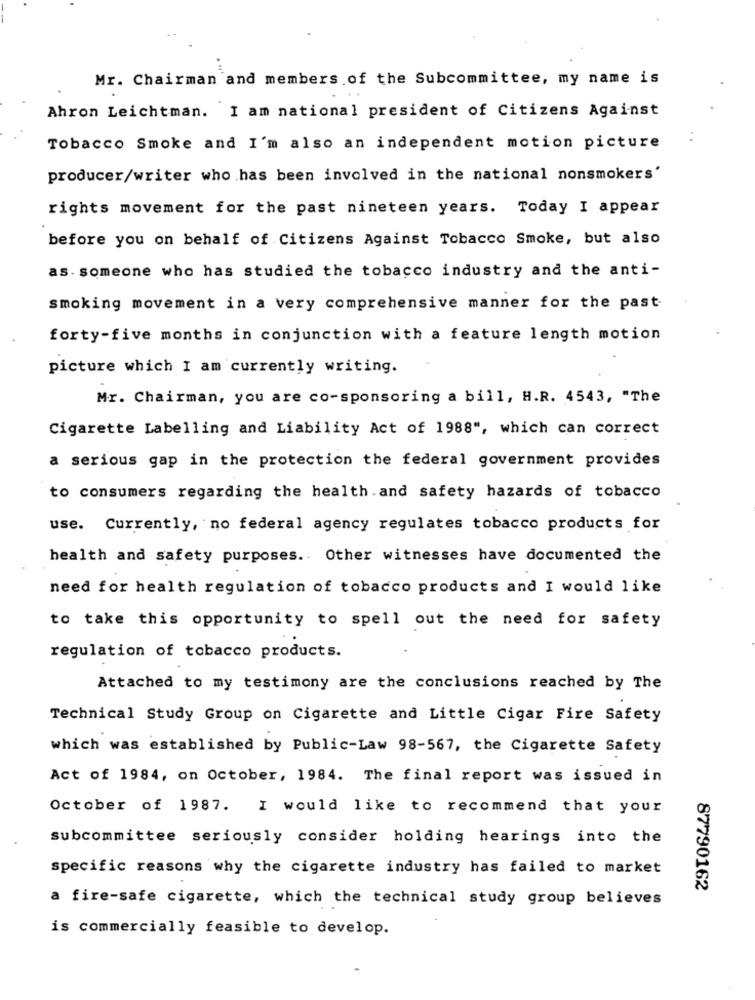
Mr. Chairman and members of the Subcommittee, my name is
Ahron Leichtman. I am national president of Citizens Against
Tobacco Smoke and I'm also an independent motion picture
producer/writer who has been involved in the national nonsmokers'
rights movement for the past nineteen years. Today I appear
before you on behalf of Citizens Against Tobacco Smoke, but also
as. someone who has studied the tobacco industry and the anti-
smoking movement in a very comprehensive manner for the past-
forty-five months in conjunction with a feature length motion
picture which I am currently writing.
Mr. Chairman, you are co-sponsoring a bill, H.R. 4543, "The
Cigarette Labelling and Liability Act of 1988", which can correct
a serious gap in the protection the federal government provides
to consumers regarding the health and safety hazards of tobacco
use. Currently, no federal agency regulates tobacco products for
health and safety purposes. Other witnesses have documented the
need for health regulation of tobacco products and I would like
to take this opportunity to spell out the need for safety
regulation of tobacco products.
Attached to my testimony are the conclusions reached by The
Technical Study Group on Cigarette and Little Cigar Fire Safety
which was established by Public-Law 98-567, the Cigarette Safety
Act of 1984, on October, 1984. The final report was issued in
October of 1987. I would like to recommend that your
subcommittee seriously consider holding hearings into the
specific reasons why the cigarette industry has failed to market
87790162
a fire-safe cigarette, which the technical study group believes
is commercially feasible to develop.